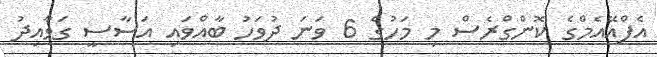
އެފްއޭއެމްގެ ކޮންގްރެސް މި މަހުގެ 6 ވަނަ ދުވަހު ބާއްވައި އަސާސީ ގަވާއިދު